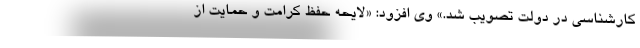
کارشناسی در دولت تصویب شد.» وی افزود: «لایحه حفظ کرامت و حمایت از